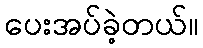
ပေးအပ်ခဲ့တယ်။